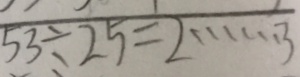
5 3 \div 2 5 = 2 \cdots 3